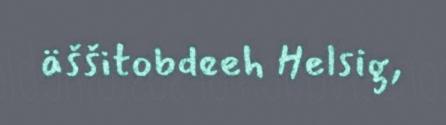
äššitobdeeh Helsig,